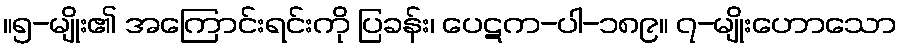
။၅-မျိုး၏ အကြောင်းရင်းကို ပြခန်း၊ ပေဋက-ပါ-၁၈၉။ ၇-မျိုးဟောသော